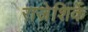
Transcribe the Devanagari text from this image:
राजेशिर्के